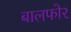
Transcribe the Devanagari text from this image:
बालफोर